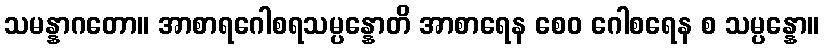
သမန္နာဂတော။ အာစာရဂေါစရသမ္ပန္နောတိ အာစာရေန စေဝ ဂေါစရေန စ သမ္ပန္နော။